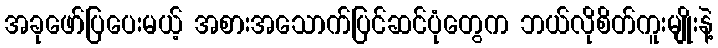
အခုဖော်ပြပေးမယ့် အစားအသောက်ပြင်ဆင်ပုံတွေက ဘယ်လိုစိတ်ကူးမျိုးနဲ့